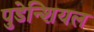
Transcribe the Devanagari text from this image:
पुडेन्शियल